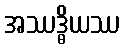
အဿဒ္ဓိယဿ